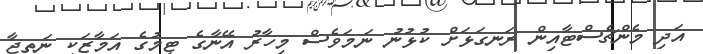
އަދި މެންޗެސްޓާއިން ރަނގަޅަށް ކުޅުނު ނަމަވެސް މިހާރު އޭނާގެ ޓީމުގެ އަމާޒަކީ ނަތީޖާ